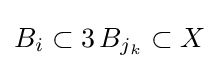
B_{i}\subset 3\,B_{j_{k}}\subset X